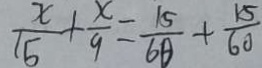
\frac { x } { 1 5 } + \frac { x } { 9 } = \frac { 1 5 } { 6 0 } + \frac { 1 5 } { 6 0 }